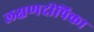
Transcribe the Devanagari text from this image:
लक्षणदीपिका